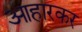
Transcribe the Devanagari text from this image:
आहारकर